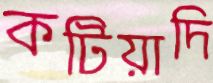
কটিয়াদি